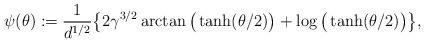
LaTeX: \begin{align*}\psi (\theta) :=\frac{1}{d^{1/2}}\big\{2\gamma^{3/2}\arctan\big( \tanh(\theta/2)\big) + \log\big(\tanh(\theta/2)\big)\big\},\end{align*}